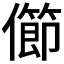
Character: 𠐉